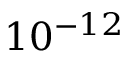
\displaystyle { 1 0 ^ { - 1 2 } }